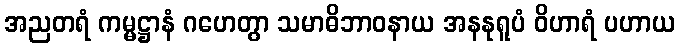
အညတရံ ကမ္မဋ္ဌာနံ ဂဟေတွာ သမာဓိဘာဝနာယ အနနုရူပံ ဝိဟာရံ ပဟာယ